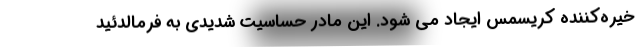
خیره‌کننده کریسمس ایجاد می شود. این مادر حساسیت شدیدی به فرمالدئید